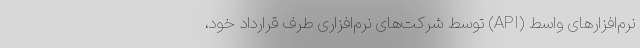
نرم‌افزارهای واسط (API) توسط شرکت‌های نرم‌افزاری طرف قرارداد خود،